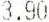
3.90